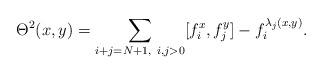
LaTeX: \begin{align*}\Theta^2(x,y)=\sum_{i+j=N+1,~i,j>0}[f_i^x,f_j^y]-f_i^{\lambda_j(x,y)}.\end{align*}